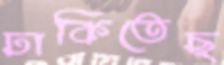
ঢাকিতেছ